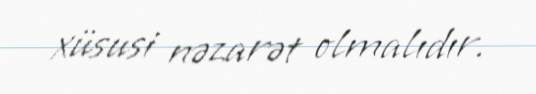
xüsusi nəzarət olmalıdır.